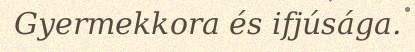
Gyermekkora és ifjúsága.